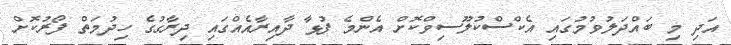
އަދި މި ބައްދަލުވުމުގައި އެކްސްކުލޫސިވްކޮށް އެންމެ ފުޅާ ދާއިރާއެއްގައި ދިރާގުގެ ހިދުމަތް ފޯރުކޮށް